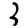
Digit: 3